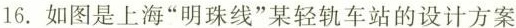
16.如图是上海”明珠线”某轻轨车站的设计方案